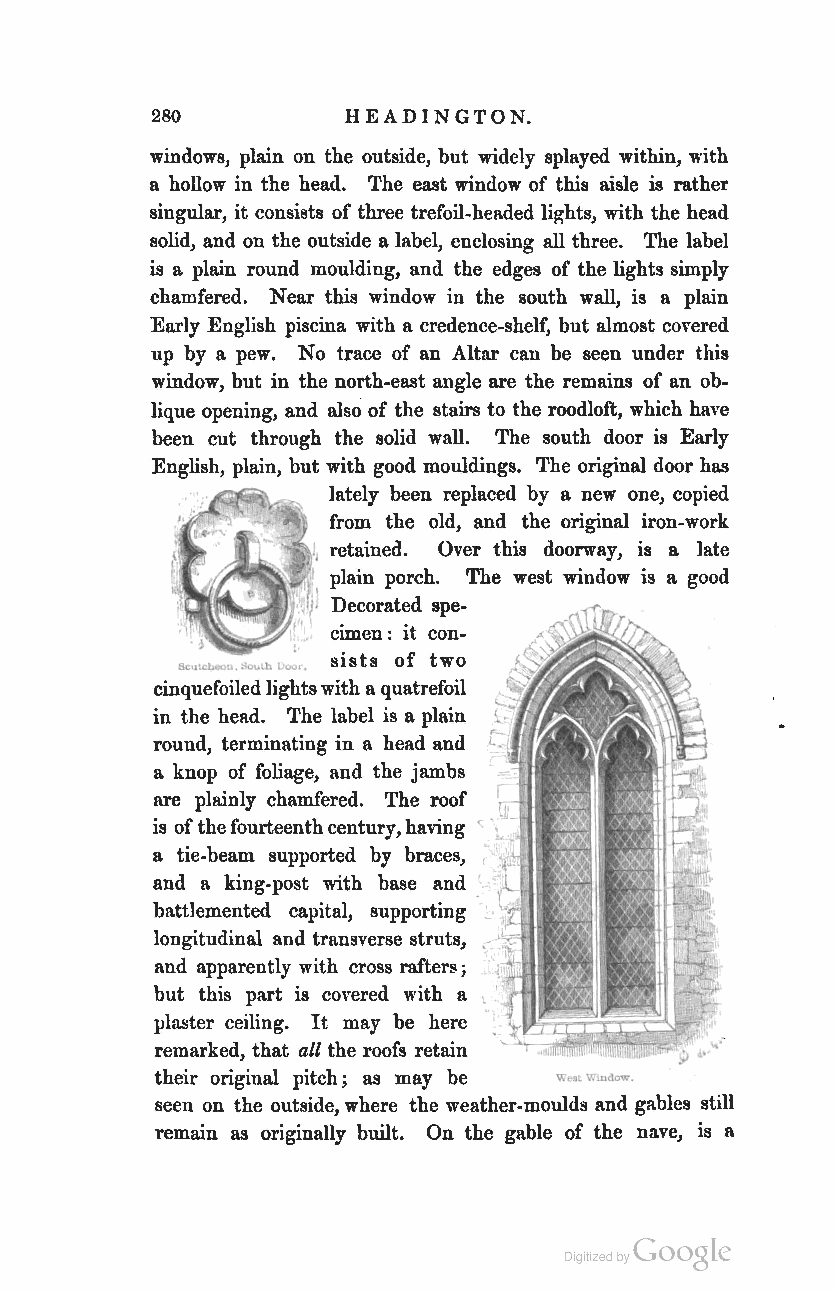
280          HEADINGTON.
 windows, plain on the outside, but widely splayed within, with
 a hollow in the head. The east window of this aisle is rather
 singular, it consists of three trefoil-headed lights, with the head
 solid, and on the outside a label, enclosing all three. The label
 is a plain round moulding, and the edges of the lights simply
 chamfered. Near this window in the south wall, is a plain
 Early English piscina with a credence-shelf, but almost covered
 up by a pew. No trace of an Altar can be seen under this
 window, but in the north-east angle are the remains of an ob
 lique opening, and also of the stairs to the roodloft, which have
 been cut through the solid wall. The south door is Early
 English, plain, but with good mouldings. The original door has
 lately been replaced by a new one, copied
 from the old, and the original iron-work
 retained. Over this doorway, is a late
 plain porch. The west window is a good
 Decorated spe
 cimen: it con
 Sc,"cL~u.~u .. lb Luu.. sists of two
 cinquefoiled lights with a quatrefoil
 in the head. The label is a plain
 rouud, terminating in a head and
 a knop of foliage, and the jambs
 are plainly chamfered. The roof
 is of the fourteenth century, having
 C
 a tie-beam supported by braces,
 and a king-post with base and
 battlemented capital, supporting
 longitudinal and transverse struts, ,
 and apparently with cross rafters;
 but this part is covered with a
 plaster ceiling. It may be here
 remarked, that all the roofs retain
 their origiual pitch; as may be \\".
 t V.wdow.
 seen on the outside, where the weather-moulds and gables still
 remain as originally built. On the gable of the nave, is a
 Coogle
 Digitized by